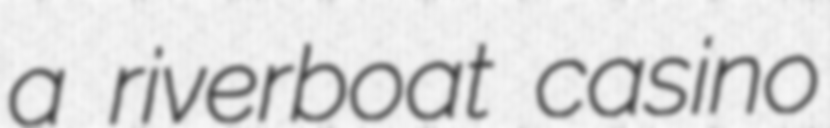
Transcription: a riverboat casino